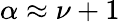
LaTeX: \alpha\approx\nu+1